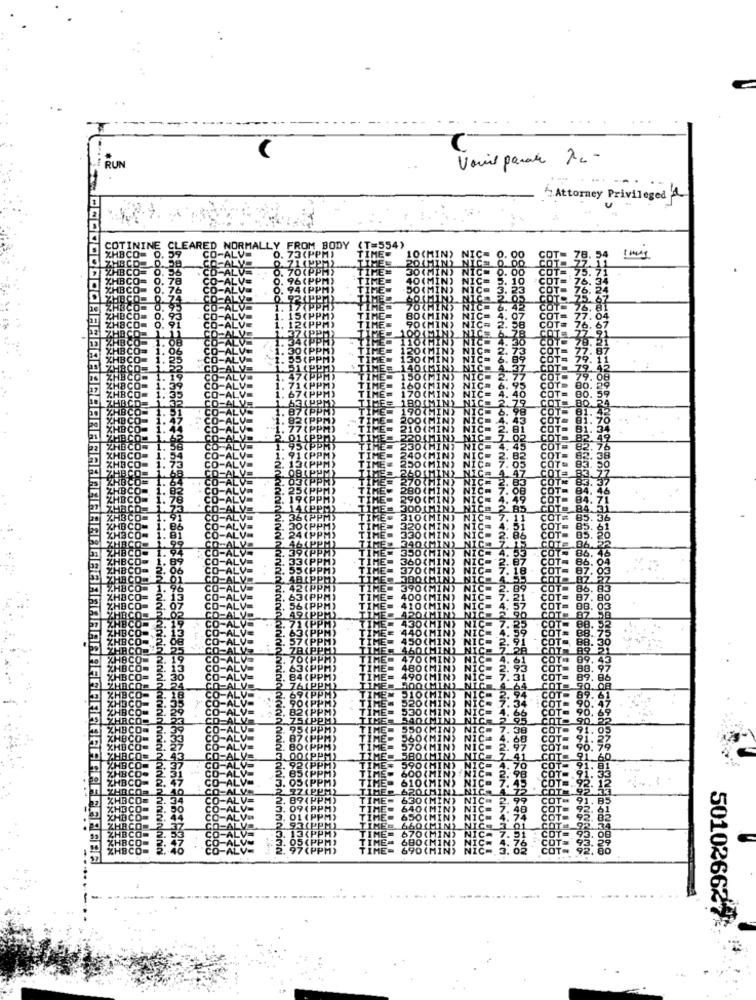
RUN
Attorney Privileged'a
EARED NORMALLY FROM BODY
(T=554)
1 mig
odon
wodood
88896
---
501026622%